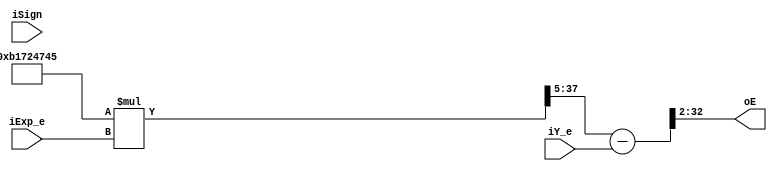
`timescale 1ns / 1ps
//////////////////////////////////////////////////////////////////////////////////
// Company: 
// 
// Design Name: 
// Module Name: Range_reconst
// Project Name: 
// Target Devices: 
// Tool Versions: 
// Description: 
// 
// Dependencies: 
// 
// Revision:
// Revision 0.01 - File Created
// Additional Comments:
// 
//////////////////////////////////////////////////////////////////////////////////


module Range_reconst
(
  input [5:0] iExp_e,
  input [27:0] iY_e,
//   input iClk,
   input iSign,
   output [30:0] oE
);
   
   reg [32:0] rln2;
   reg [38:0] rMul;
   reg [33:0] rEdif;
   reg [33:0] rE;
   reg [33:0] rE1;
   
   // ln(2) = 0.6931
   initial 
    begin
      rln2  = 33'b0101_1000_1011_1001_0010_0011_1010_0010_1; 
    end
    
    //Range reconstruction
    always@*
     begin
       //multiplication
       rMul  = rln2 * iExp_e; 
       rEdif = rMul[38:5];
       
       if(iSign == 0)
          rE =  {rEdif - {6'b00000,iY_e}};  
          
       rE1 = {rE[33:0]} << 1;
     end
     
   assign oE = rE1[33:3];
   
endmodule